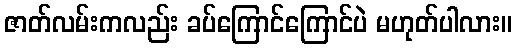
ဇာတ်လမ်းကလည်း ခပ်ကြောင်ကြောင်ပဲ မဟုတ်ပါလား။